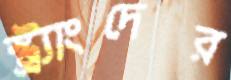
স্ট্র্যাংদের